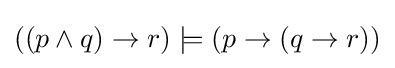
((p\land q)\to r)\models (p\to (q\to r))